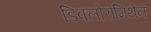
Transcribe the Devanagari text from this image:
डिक्लोरोमिथेन